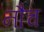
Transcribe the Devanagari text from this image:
नौच